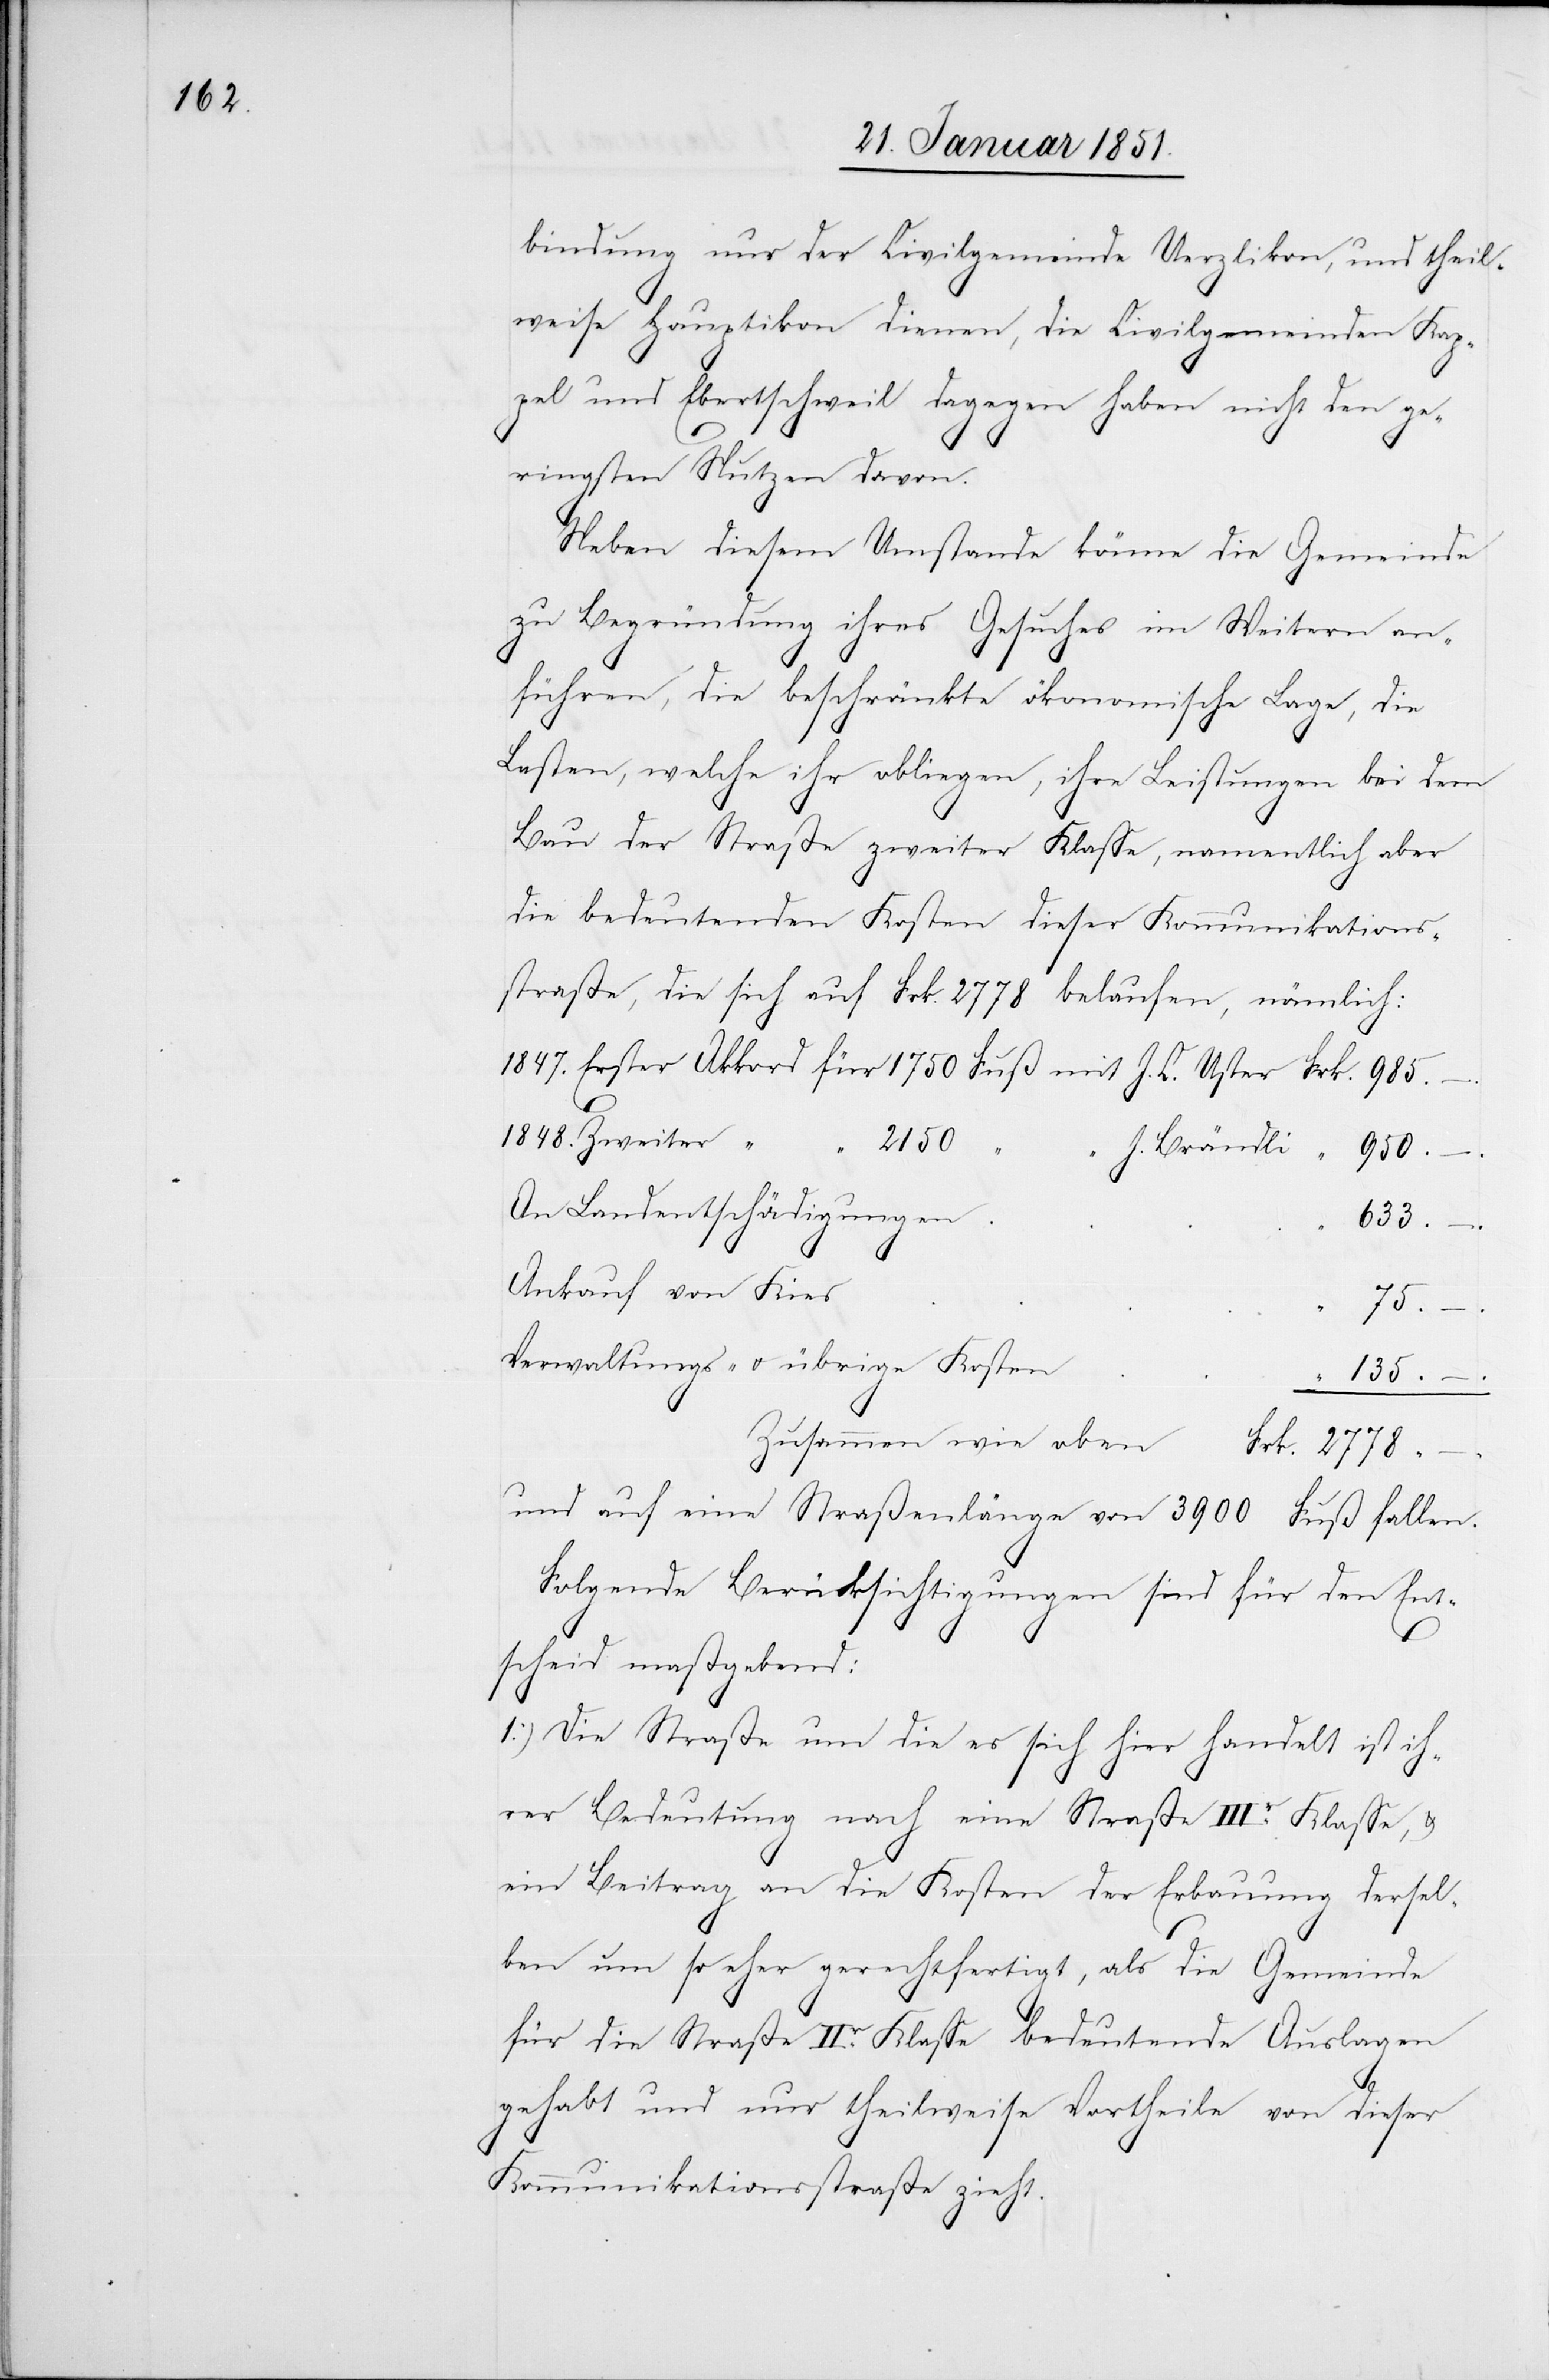
1847.

bindung nur der Civilgemeinde Uerzlikon, und theil¬
weise Hauptikon dienen, die Civilgemeinden Kap¬
pel und Ebertschweil dagegen haben nicht den ge¬
ringsten Nutzen davon.
Neben diesem Umstande könne die Gemeinde
zu Begründung ihres Gesuches im Weitern an¬
führen, die beschränkte ökonomische Lage, die
Lasten, welche ihr obliegen, ihre Leistungen bei dem
Bau der Straße zweiter Klasse, namentlich aber
die bedeutenden Kosten dieser Kommunikations¬
straße, die sich auf Frk. 2778 belaufen, nämlich:
2778
2150
J. Brändli
“
–.
950.
An Landentschädigungen
633.
–.
Ankauf von Kies
75.
–.
Verwaltungs- u. übrige Kosten
135.
–
C.
Zusammen wie oben
und auf eine Straßenlänge von 3900 Fuß fallen.
Folgende Berücksichtigungen sind für den Ent¬
scheid maßgebend:
1.) Die Straße um die es sich hier handelt ist ih¬
rer Bedeutung nach eine Straße IIIr. Klasse, &
ein Beitrag an die Kosten der Erbauung dersel¬
ben um so eher gerechtfertigt, als die Gemeinde
für die Straße IIr. Klasse bedeutende Auslagen
gehabt und nur theilweise Vortheile von dieser
Kommunikationsstraße zieht.